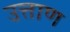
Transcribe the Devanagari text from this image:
उत्ताण